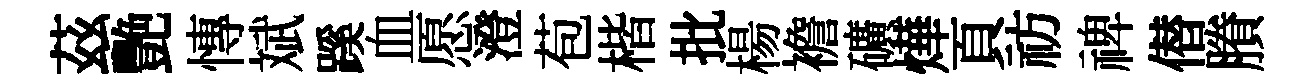
茲艷慱斌蹊血愿澄苞楷批楊襜礦燁頁祊禆僣賸